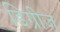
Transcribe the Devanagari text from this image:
डिग्रीज